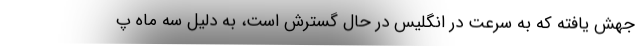
جهش یافته که به سرعت در انگلیس در حال گسترش است، به دلیل سه ماه پ